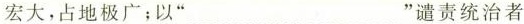
宏大，占地极广；以”___”谴责统治者